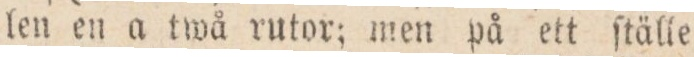
len en a twå rutor; men på ett ſtälle